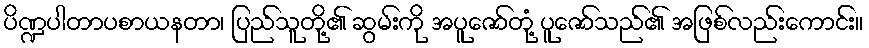
ပိဏ္ဍပါတာပစာယနတာ၊ ပြည်သူတို့၏ ဆွမ်းကို အပူဇော်တုံ့ ပူဇော်သည်၏ အဖြစ်လည်းကောင်း။